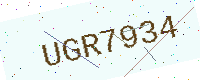
Text: UGR7934